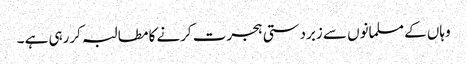
وہاں کے مسلمانوں سے زبردستی ہجرت کرنے کا مطالبہ کررہی ہے ۔